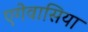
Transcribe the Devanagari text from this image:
एगेवासिया